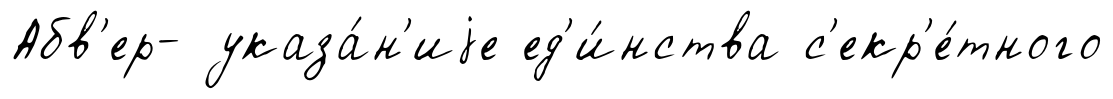
Абв'ер- указа́н'иjе ед'и́нства с'екр'е́тного